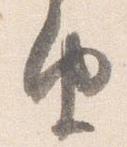
由